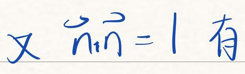
又 \(\vec{n} \cdot \vec{n} = 1\) 有